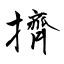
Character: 擠